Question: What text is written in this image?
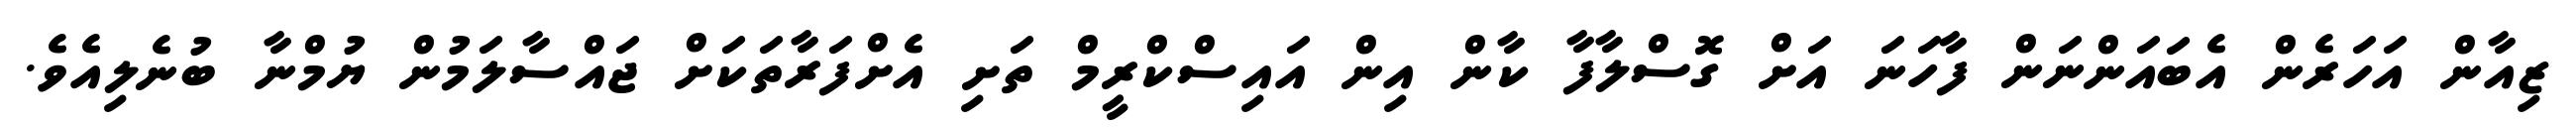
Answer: ޒިއާން އަހަރެން އެބައަންނަން ފާހަނަ އަށް ގޮސްލާފާ ކާން އިން އައިސްކްރީމް ތަށި އެށްފަރާތަކަށް ޖައްސާލަމުން ޔުމްނާ ބުނެލިއެވެ.